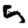
Digit: 5